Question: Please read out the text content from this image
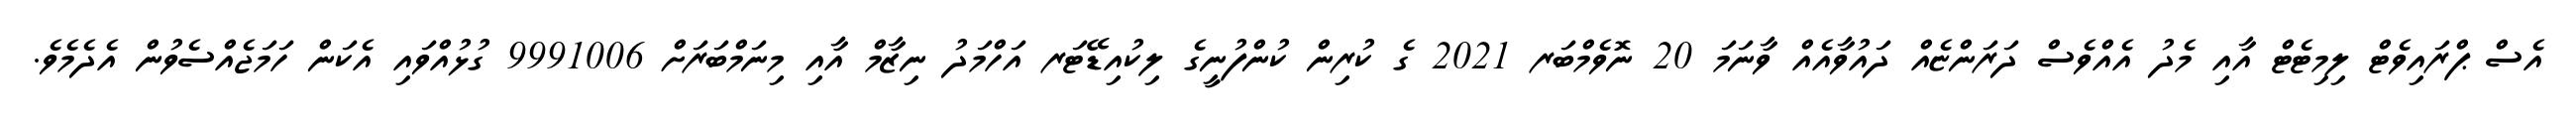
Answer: އެސް ޕްރައިވެޓް ލިމިޓެޓް އާއި މެދު އެއްވެސް ދަރަންޏެއް ދައުވާއެއް ވާނަމަ 20 ނޮވެމްބަރ 2021 ގެ ކުރިން ކުންފުނީގެ ލިކުއިޑޭޓަރ އަހްމަދު ނިޒާމް އާއި މިނަމްބަރަށް 9991006 ގުޅުއްވައި އެކަން ހަމަޖެއްސެވުން އެދެމެވެ.